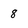
Character: 8